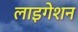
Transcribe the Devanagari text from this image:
लाइगेशन